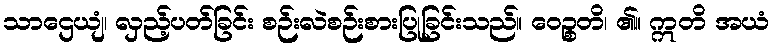
သာဌေယျံ၊ လှည့်ပတ်ခြင်း စဉ်းလဲစဉ်းစားပြုခြင်းသည်။ ဝေဉ္စတိ၊ ၏။ ဣတိ အယံ